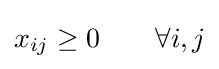
x_{ij}\geq 0\qquad \forall {i,j}